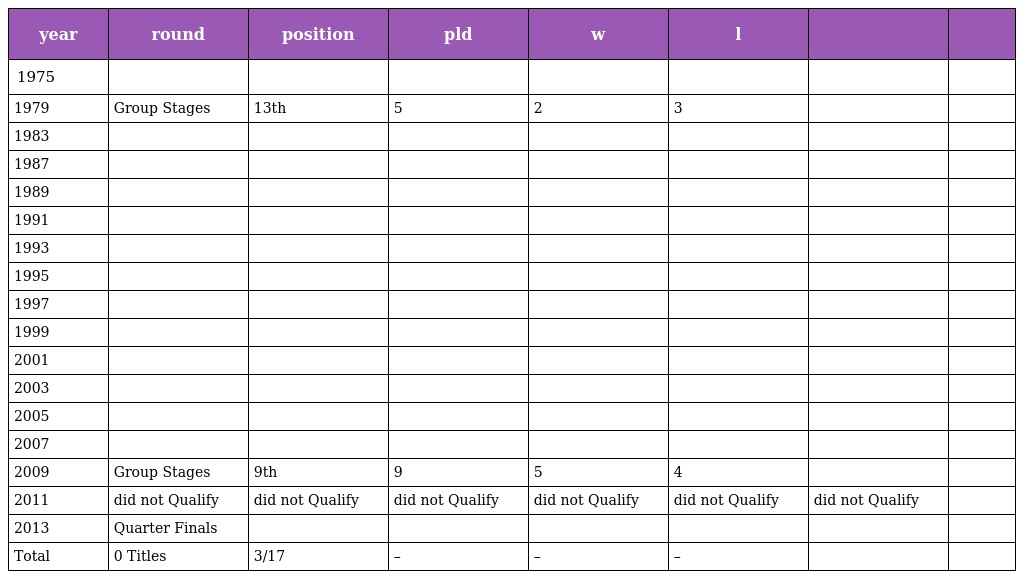
| year | round | position | pld | w | l |  |  |
 | --- | --- | --- | --- | --- | --- | --- | --- |
 | 1975 |  |  |  |  |  |  |  |
 | 1979 | Group Stages | 13th | 5 | 2 | 3 |  |  |
 | 1983 |  |  |  |  |  |  |  |
 | 1987 |  |  |  |  |  |  |  |
 | 1989 |  |  |  |  |  |  |  |
 | 1991 |  |  |  |  |  |  |  |
 | 1993 |  |  |  |  |  |  |  |
 | 1995 |  |  |  |  |  |  |  |
 | 1997 |  |  |  |  |  |  |  |
 | 1999 |  |  |  |  |  |  |  |
 | 2001 |  |  |  |  |  |  |  |
 | 2003 |  |  |  |  |  |  |  |
 | 2005 |  |  |  |  |  |  |  |
 | 2007 |  |  |  |  |  |  |  |
 | 2009 | Group Stages | 9th | 9 | 5 | 4 |  |  |
 | 2011 | did not Qualify | did not Qualify | did not Qualify | did not Qualify | did not Qualify | did not Qualify |  |
 | 2013 | Quarter Finals |  |  |  |  |  |  |
 | Total | 0 Titles | 3/17 | – | – | – |  |  |